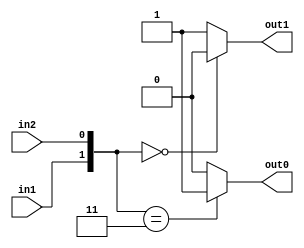
module KPGS (out1, out0, in1, in2);
	input in1,in2;
	output reg out1, out0;

    wire [1:0] temp;
    assign temp = {in1, in2};

	always@(*)

        case (temp)

            2'b00: begin
                out0 = 1'b0;
                out1 = 1'b0;
            end
            2'b11: begin
                out0 = 1'b1;
                out1 = 1'b1;
            end
            default: begin 
                out0 = 1'b0;
                out1 = 1'b1;
            end

        endcase
endmodule


module KPG (cur_bit_1, cur_bit_0, prev_bit_1, prev_bit_0, out_bit_1, out_bit_0);

	input cur_bit_1, cur_bit_0, prev_bit_1, prev_bit_0;
	output reg out_bit_1, out_bit_0;

    wire [1:0] temp;
    assign temp = {cur_bit_1,cur_bit_0};
    
	always@(*)
        
        
        case(temp)

            2'b00: begin 
                out_bit_1 = 1'b0;
                out_bit_0 = 1'b0;
            end
            2'b11: begin 
                out_bit_1 = 1'b1;
                out_bit_0 = 2'b1;
            end            
            2'b10: begin 
                out_bit_1 = prev_bit_1;
                out_bit_0 = prev_bit_0;
            end 
            
        endcase

endmodule